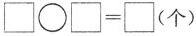
$$\Box \circ \Box = \Box ( 个 )$$